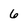
Character: 6